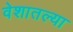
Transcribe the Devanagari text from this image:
वेशातल्या